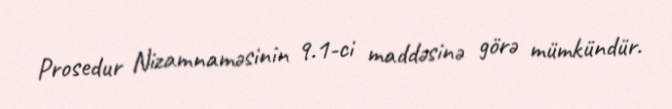
Prosedur Nizamnaməsinin 9.1-ci maddəsinə görə mümkündür.